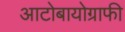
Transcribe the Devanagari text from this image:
आटोबायोग्राफी